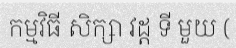
កម្មវិធី សិក្សា វដ្ត ទី មួយ (